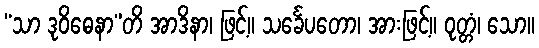
“သာ ဒုဝိဓေနာ”တိ အာဒိနာ၊ ဖြင့်။ သင်္ခေပတော၊ အားဖြင့်။ ဝုတ္တံ၊ သော။